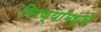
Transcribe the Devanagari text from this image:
गिरण्यांमध्ये